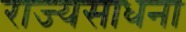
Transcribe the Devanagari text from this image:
राज्यसाधना